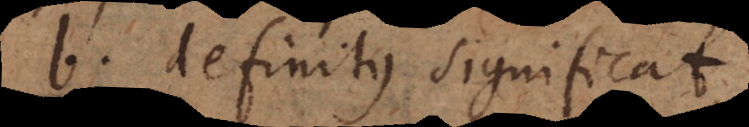
b definitus significat